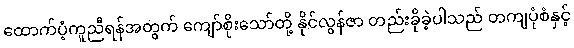
ထောက်ပံ့ကူညီရန်အတွက် ကျော်စိုးသော်တို့ နိုင်လွန်ဇာ တည်းခိုခဲ့ပါသည် တကျပုံစံနှင့်